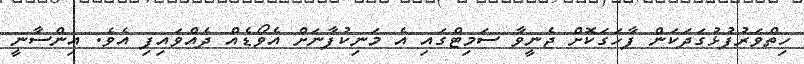
ހިތްވަރުފުޅުގަދަކަން ފާހަގަކޮށް ޖެނީވާ ސަމިޓްގައި އެ މަނިކުފާނަށް އެވޯޑެއް ދެއްވައިފި އެވެ. އިންސާނީ